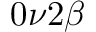
0 \nu 2 \beta